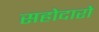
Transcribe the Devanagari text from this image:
सहोदारो